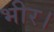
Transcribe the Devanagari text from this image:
भीर।